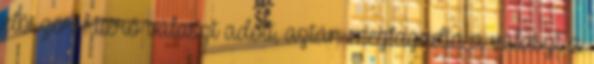
először kitérő választ adott, aztán megtagadta a választ a